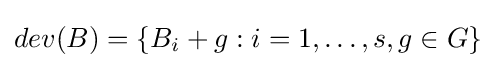
dev(B)=\{B_{i}+g:i=1,\ldots ,s,g\in G\}